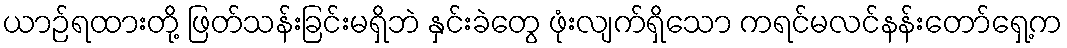
ယာဉ်ရထားတို့ ဖြတ်သန်းခြင်းမရှိဘဲ နှင်းခဲတွေ ဖုံးလျက်ရှိသော ကရင်မလင်နန်းတော်ရှေ့က